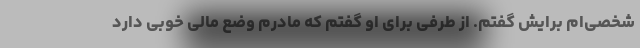
شخصی‌ام برایش گفتم. از طرفی برای او گفتم که مادرم وضع مالی خوبی دارد